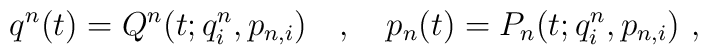
q^n(t)=Q^n(t;q^n_i,p_{n,i})\ \ \ ,\ \ \ p_n(t)=P_n(t;q^n_i,p_{n,i})\ ,